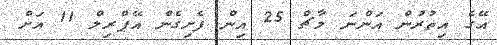
އޭގެ އިތުރުން އަންނަ މާޗް 25 އިން ފެށިގެން އޭޕްރިލް 11 އަށް